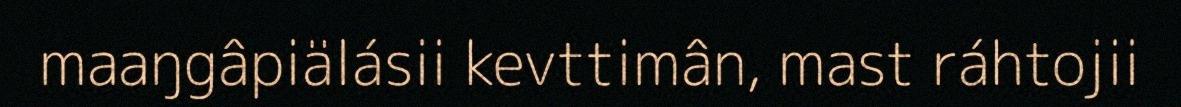
maaŋgâpiälásii kevttimân, mast ráhtojii